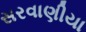
સરવાણીયા